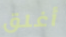
أغلق